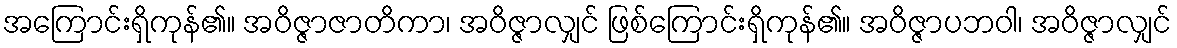
အကြောင်းရှိကုန်၏။ အဝိဇ္ဇာဇာတိကာ၊ အဝိဇ္ဇာလျှင် ဖြစ်ကြောင်းရှိကုန်၏။ အဝိဇ္ဇာပဘဝါ၊ အဝိဇ္ဇာလျှင်